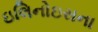
ઇલિનોઇસના